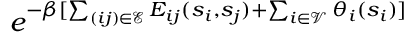
e ^ { - \beta [ \sum _ { ( i j ) \in \mathcal { E } } E _ { i j } ( s _ { i } , s _ { j } ) + \sum _ { i \in \mathcal { V } } \theta _ { i } ( s _ { i } ) ] }